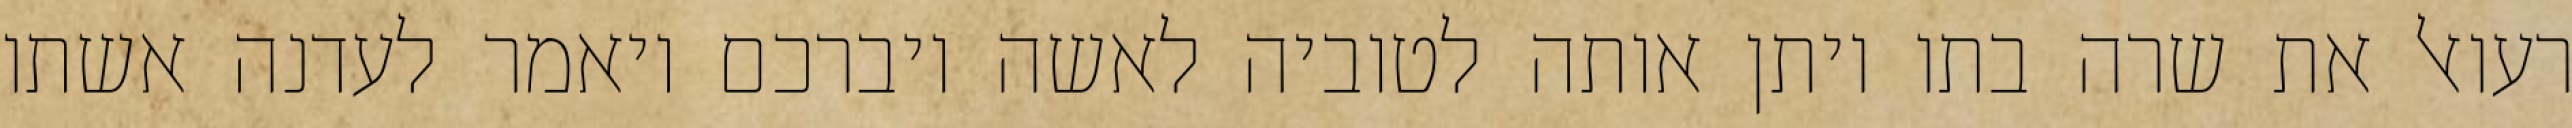
רעואל את שרה בתו ויתן אותה לטוביה לאשה ויברכם ויאמר לעדנה אשתו